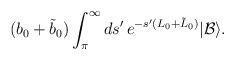
LaTeX: \begin{align*}(b_0 +\tilde{b}_0)\int_{ \pi}^{\infty} ds' \, e^{-s' (L_0+\tilde{L}_0)}|\mathcal{B}\rangle.\end{align*}